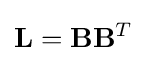
\mathbf {L} =\mathbf {B} \mathbf {B} ^{T}